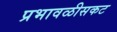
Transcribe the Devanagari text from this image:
प्रभावळीसकट